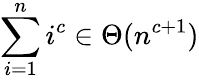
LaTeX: \sum_{i=1}^{n}i^{c}\in\Theta(n^{c+1})